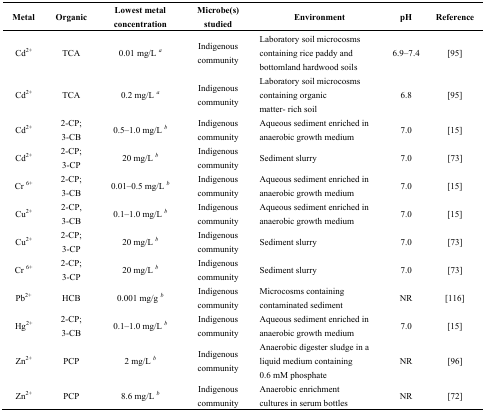
<table><thead><tr><td><b>Metal</b></td><td><b>Organic</b></td><td><b>Lowest metal concentration</b></td><td><b>Microbe(s) studied</b></td><td><b>Environment</b></td><td><b>pH</b></td><td><b>Reference</b></td></tr></thead><tbody><tr><td>Cd<sup>2+</sup></td><td>TCA</td><td>0.01 mg/L a</td><td>Indigenous community</td><td>Laboratory soil microcosms containing rice paddy and bottomland hardwood soils</td><td>6.9–7.4</td><td> [95]</td></tr><tr><td>Cd<sup>2+</sup></td><td>TCA</td><td>0.2 mg/L a</td><td>Indigenous community</td><td>Laboratory soil microcosms containing organic matter- rich soil</td><td>6.8</td><td> [95]</td></tr><tr><td>Cd<sup>2+</sup></td><td>2-CP; 3-CB</td><td>0.5–1.0 mg/L b</td><td>Indigenous community</td><td>Aqueous sediment enriched in anaerobic growth medium</td><td>7.0</td><td> [15]</td></tr><tr><td>Cd<sup>2+</sup></td><td>2-CP; 3-CP</td><td>20 mg/L b</td><td>Indigenous community</td><td>Sediment slurry</td><td>7.0</td><td> [73]</td></tr><tr><td>Cr <sup>6+</sup></td><td>2-CP; 3-CB</td><td>0.01–0.5 mg/L b</td><td>Indigenous community</td><td>Aqueous sediment enriched in anaerobic growth medium</td><td>7.0</td><td> [15]</td></tr><tr><td>Cu<sup>2+</sup></td><td>2-CP, 3-CB</td><td>0.1–1.0 mg/L b</td><td>Indigenous community</td><td>Aqueous sediment enriched in anaerobic growth medium</td><td>7.0</td><td> [15]</td></tr><tr><td>Cu<sup>2+</sup></td><td>2-CP; 3-CP</td><td>20 mg/L b</td><td>Indigenous community</td><td>Sediment slurry</td><td>7.0</td><td> [73]</td></tr><tr><td>Cr <sup>6+</sup></td><td>2-CP; 3-CP</td><td>20 mg/L b</td><td>Indigenous community</td><td>Sediment slurry</td><td>7.0</td><td> [73]</td></tr><tr><td>Pb<sup>2+</sup></td><td>HCB</td><td>0.001 mg/g b</td><td>Indigenous community</td><td>Microcosms containing contaminated sediment</td><td>NR</td><td> [116]</td></tr><tr><td>Hg<sup>2+</sup></td><td>2-CP; 3-CB</td><td>0.1–1.0 mg/L b</td><td>Indigenous community</td><td>Aqueous sediment enriched in anaerobic growth medium</td><td>7.0</td><td> [15]</td></tr><tr><td>Zn<sup>2+</sup></td><td>PCP</td><td>2 mg/L b</td><td>Indigenous community</td><td>Anaerobic digester sludge in a liquid medium containing 0.6 mM phosphate</td><td>NR</td><td> [96]</td></tr><tr><td>Zn<sup>2+</sup></td><td>PCP</td><td>8.6 mg/L b</td><td>Indigenous community</td><td>Anaerobic enrichment cultures in serum bottles</td><td>NR</td><td> [72]</td></tr></tbody></table>